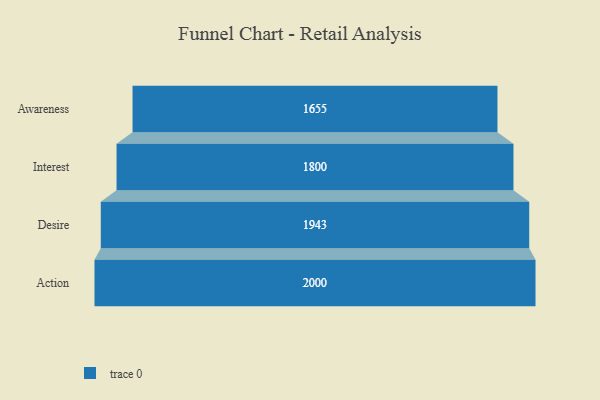
{"axis": {"x": "Stage", "y": "Value"}, "legend": [""], "data": [{"x": "Awareness", "y": 1655.0, "type": ""}, {"x": "Interest", "y": 1800.0, "type": ""}, {"x": "Desire", "y": 1943.0, "type": ""}, {"x": "Action", "y": 2000, "type": ""}]}